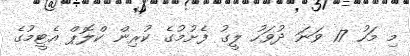
މި މަހު 17 ވަނަ ދުވަހު ލީގު ފެށުމުގެ ކުރިން ކްލޮޕް އެޓީމުގެ